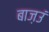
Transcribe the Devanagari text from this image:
बाज़उं